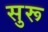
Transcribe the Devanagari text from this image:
सुरू